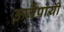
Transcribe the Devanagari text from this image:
ऊर्जेपायी